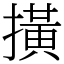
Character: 撗